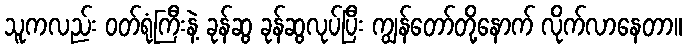
သူကလည်း ဝတ်ရုံကြီးနဲ့ ခုန်ဆွ ခုန်ဆွလုပ်ပြီး ကျွန်တော်တို့နောက် လိုက်လာနေတာ။